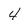
Character: 4